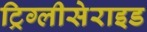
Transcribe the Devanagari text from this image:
ट्रिग्लीसेराइड